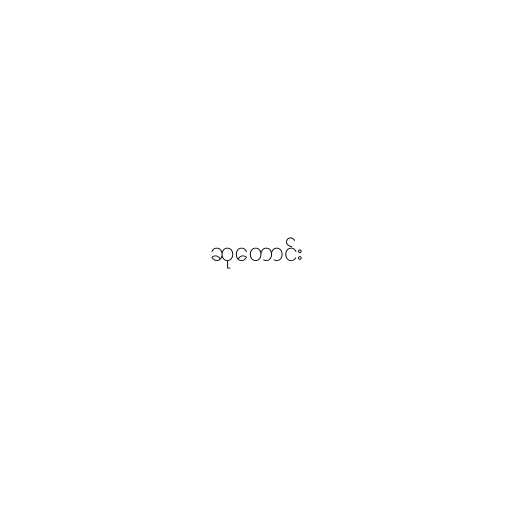
ဆုတောင်း